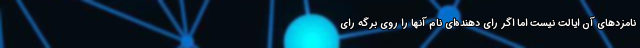
نامزدهای آن ایالت نیست اما اگر رای دهنده‌ای نام آنها را روی برگه رای